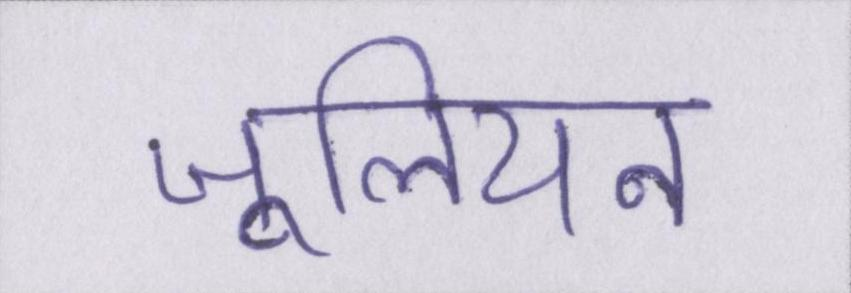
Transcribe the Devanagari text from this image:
जूलियन